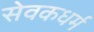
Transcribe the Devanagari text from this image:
सेवकधर्म